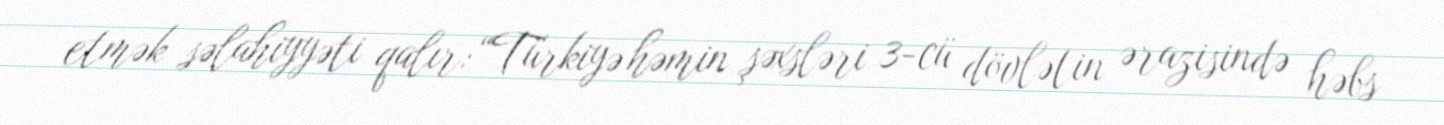
etmək səlahiyyəti qalır:“Türkiyə həmin şəxsləri 3-cü dövlətin ərazisində həbs